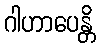
ဂါဟာပေန္တိ